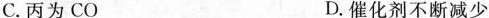
C.丙为CO D.催化剂不断减少